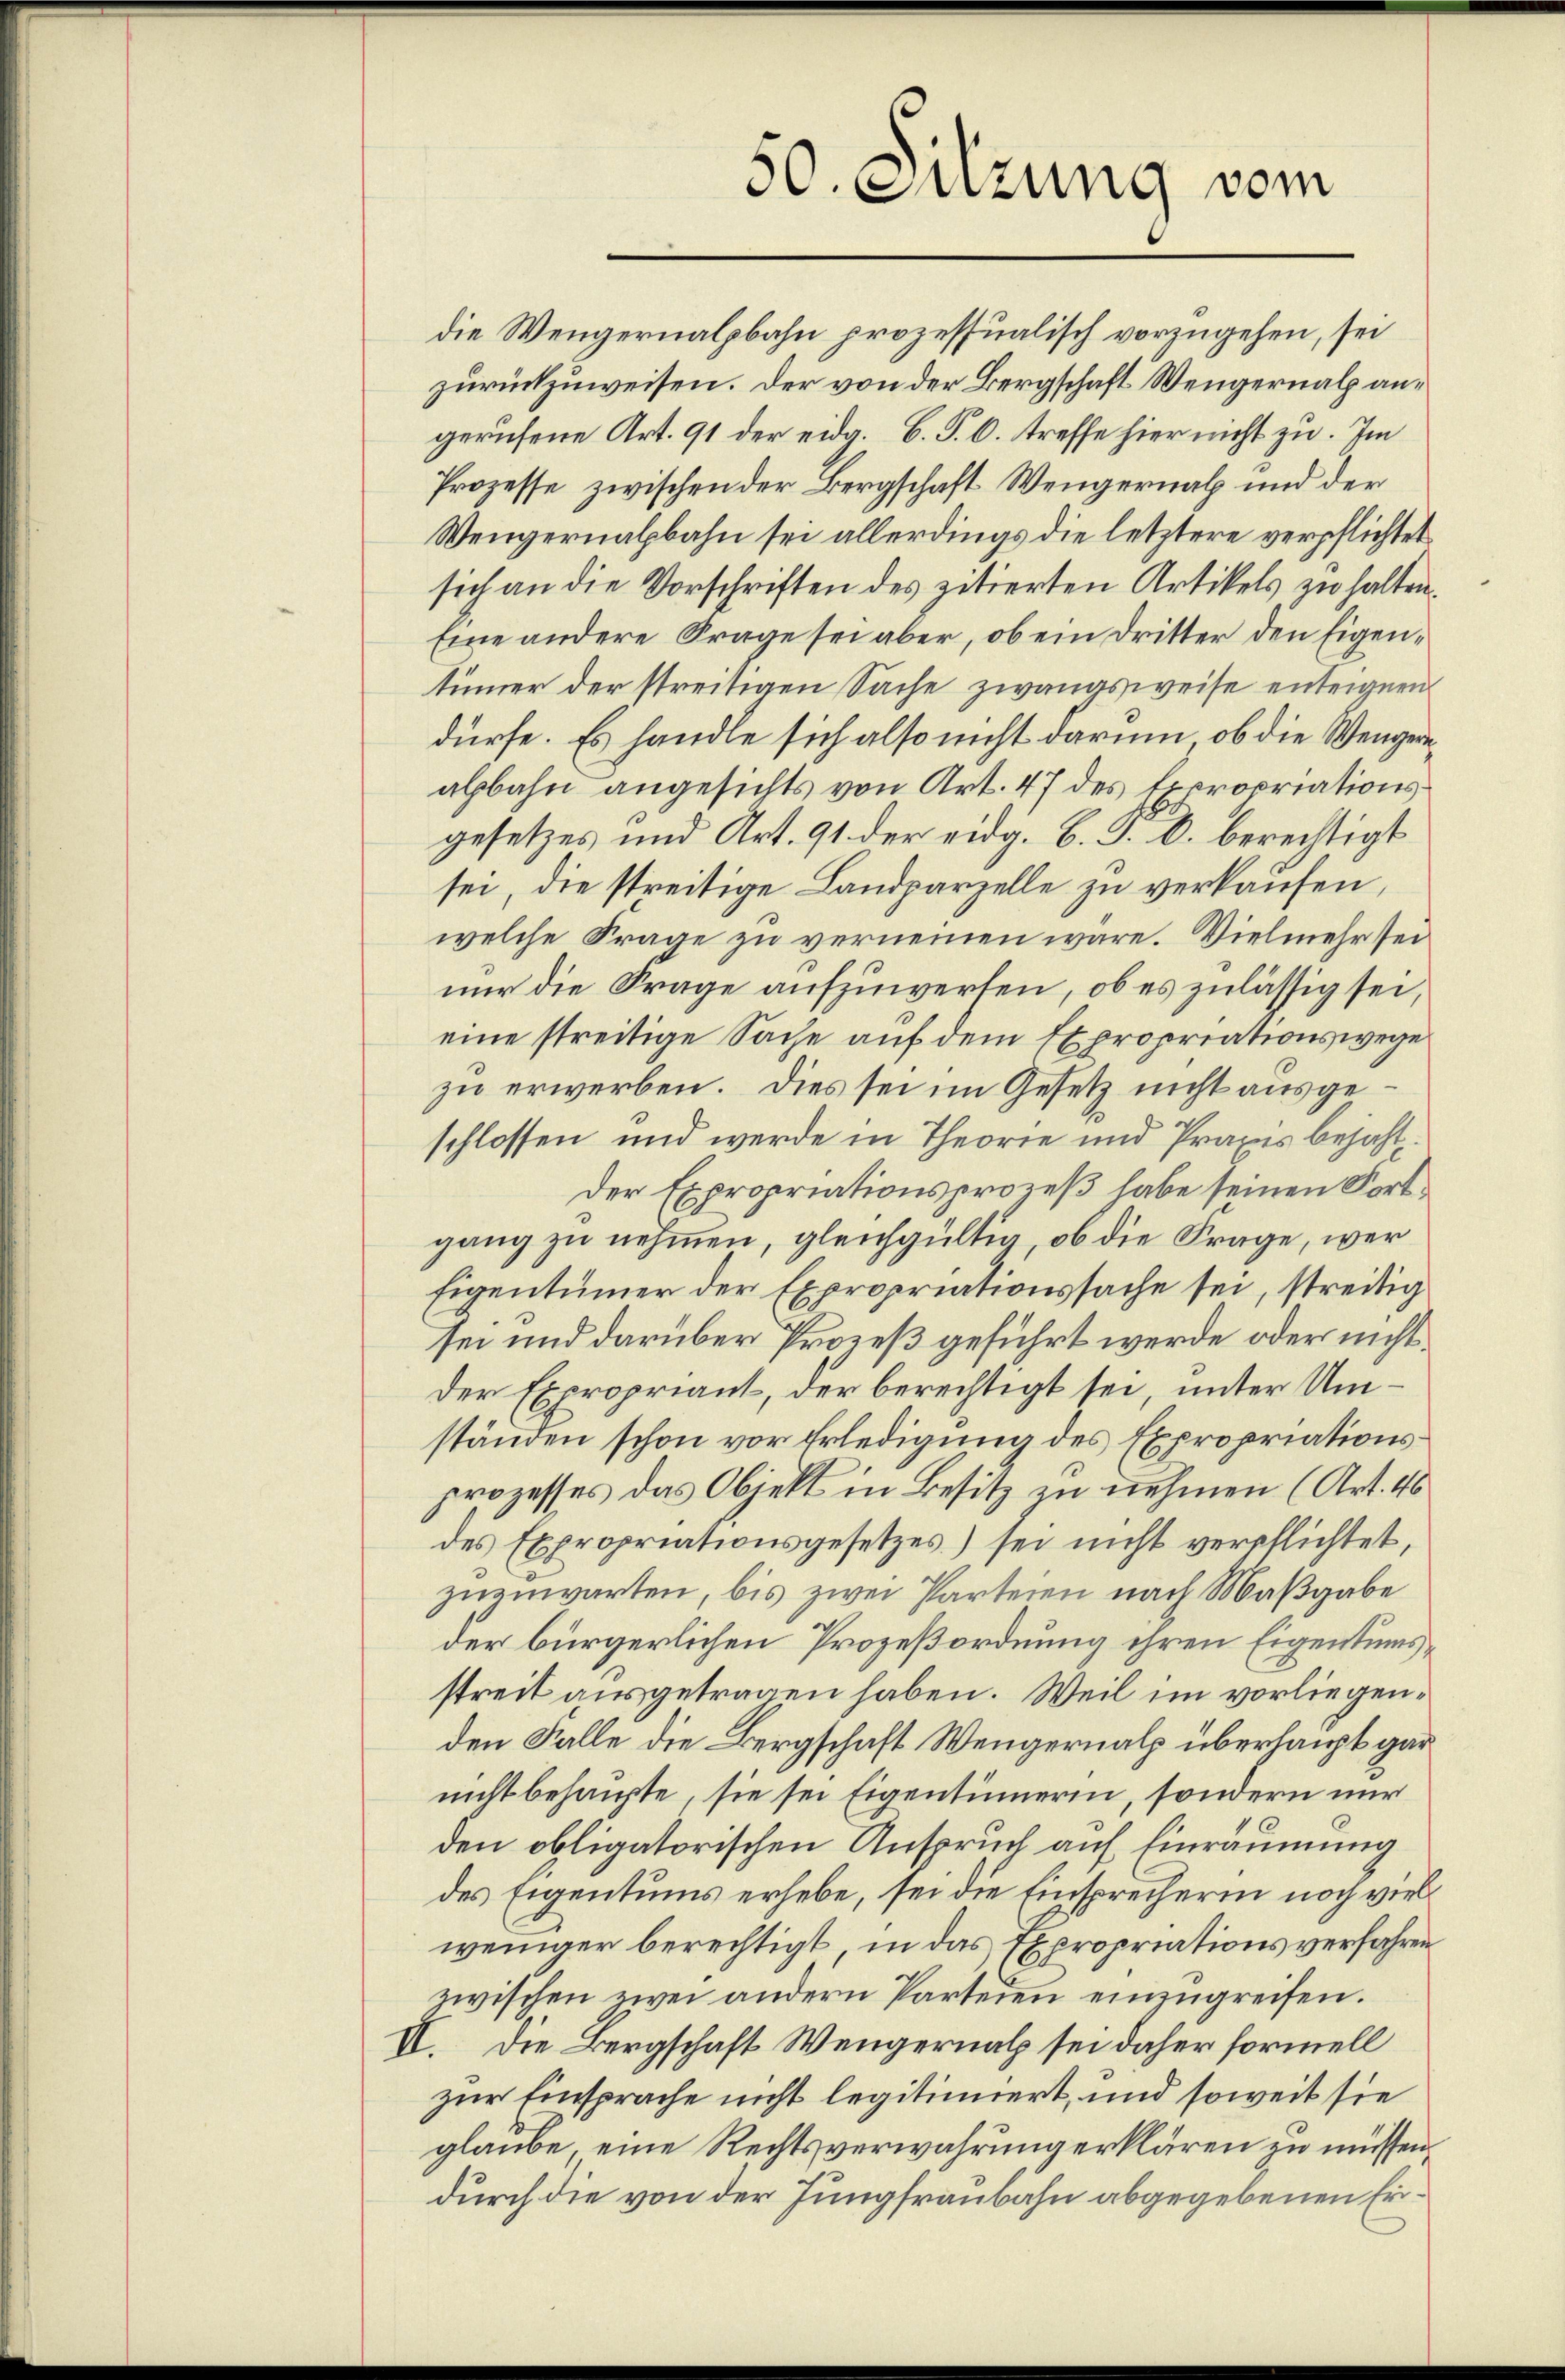
50. Sitzung vom

die Wengernalpbahn prozessualisch vorzugehen, sei
zurückzuweisen. Der von der Bergschaft Wengernal angerufene Art. 91 der eidg. B. P. O. treffe hier nicht zu. Im
Prozesse zwischen der Bergschaft Wengernal und der
Wengernalbahn sei allerdings die letztere verpflichtet
sich an die Vorschriften des zitierten Artikels zu halten,
Eine andere Frage sei aber, ob ein Dritter den Eigentümer der streitigen Sache zwangsweise enteignen
dürfe. Es handle sich also nicht darum, ob die Wengerealbahn angesichts von Art. 47 des Expropriationsgesetzes und Art. 91 der eidg. B. J. B. berechtigt
sei, die streitige Landparzelle zu verkaufen,
welche Frage zu verneinen wäre. Vielmehr sei
nur die Frage aufzuwerfen, ob es zulässig sei,
eine streitige Sache auf dem Expropriationswege
zu erwerben. Dies sei im Gesetz nicht ausgeschlossen und werde in Theorie und Praxis bejahte
Der Expropriationsprozeß habe seinen Fortgang zu nehmen, gleichgültig, ob die Frage, wer¬
Eigentümer der Expropriationssache sei, streitig
sei und darüber Prozeß geführt werde oder nicht¬
Der Expropriant, der berechtigt sei, unter Umständen schon vor Erledigung des Expropriationsprozesses das Objekt in Besitz zu nehmen (Art. 46
des Expropriationsgesetzes) sei nicht verpflichtet,
zuenwarten, bis zwei Parteien nach Maßgabe
der bürgerlichen Prozeßordnung ihren Eigentumsstreit ausgetragen haben. Weil im vorliegenden Falle die Bergschaft Wengernalp überhaupt garnicht behaupte, sie sei Eigentümerin, sondern nur
den obligatorischen Anspruch auf Einräumung
des Eigentums erhebe, sei die Einsprecherin noch vielweniger berechtigt, in das Expropriations verfahren
zwischen zwei andern Parteien einzugreifen.
II. Die Bergschaft Wengernal sei daher formell
zur Einsprache nicht legitimiert, und soweit sie
glaube eine Rechtsverwahrung erklären zu müssen,
durch die von der Jungfraubahn abgegebenen Er¬